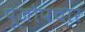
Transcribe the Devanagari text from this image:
पूजोपचार